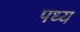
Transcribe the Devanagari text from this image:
पध्य